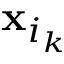
\mathbf { x } _ { i _ { k } }